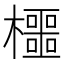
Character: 櫮